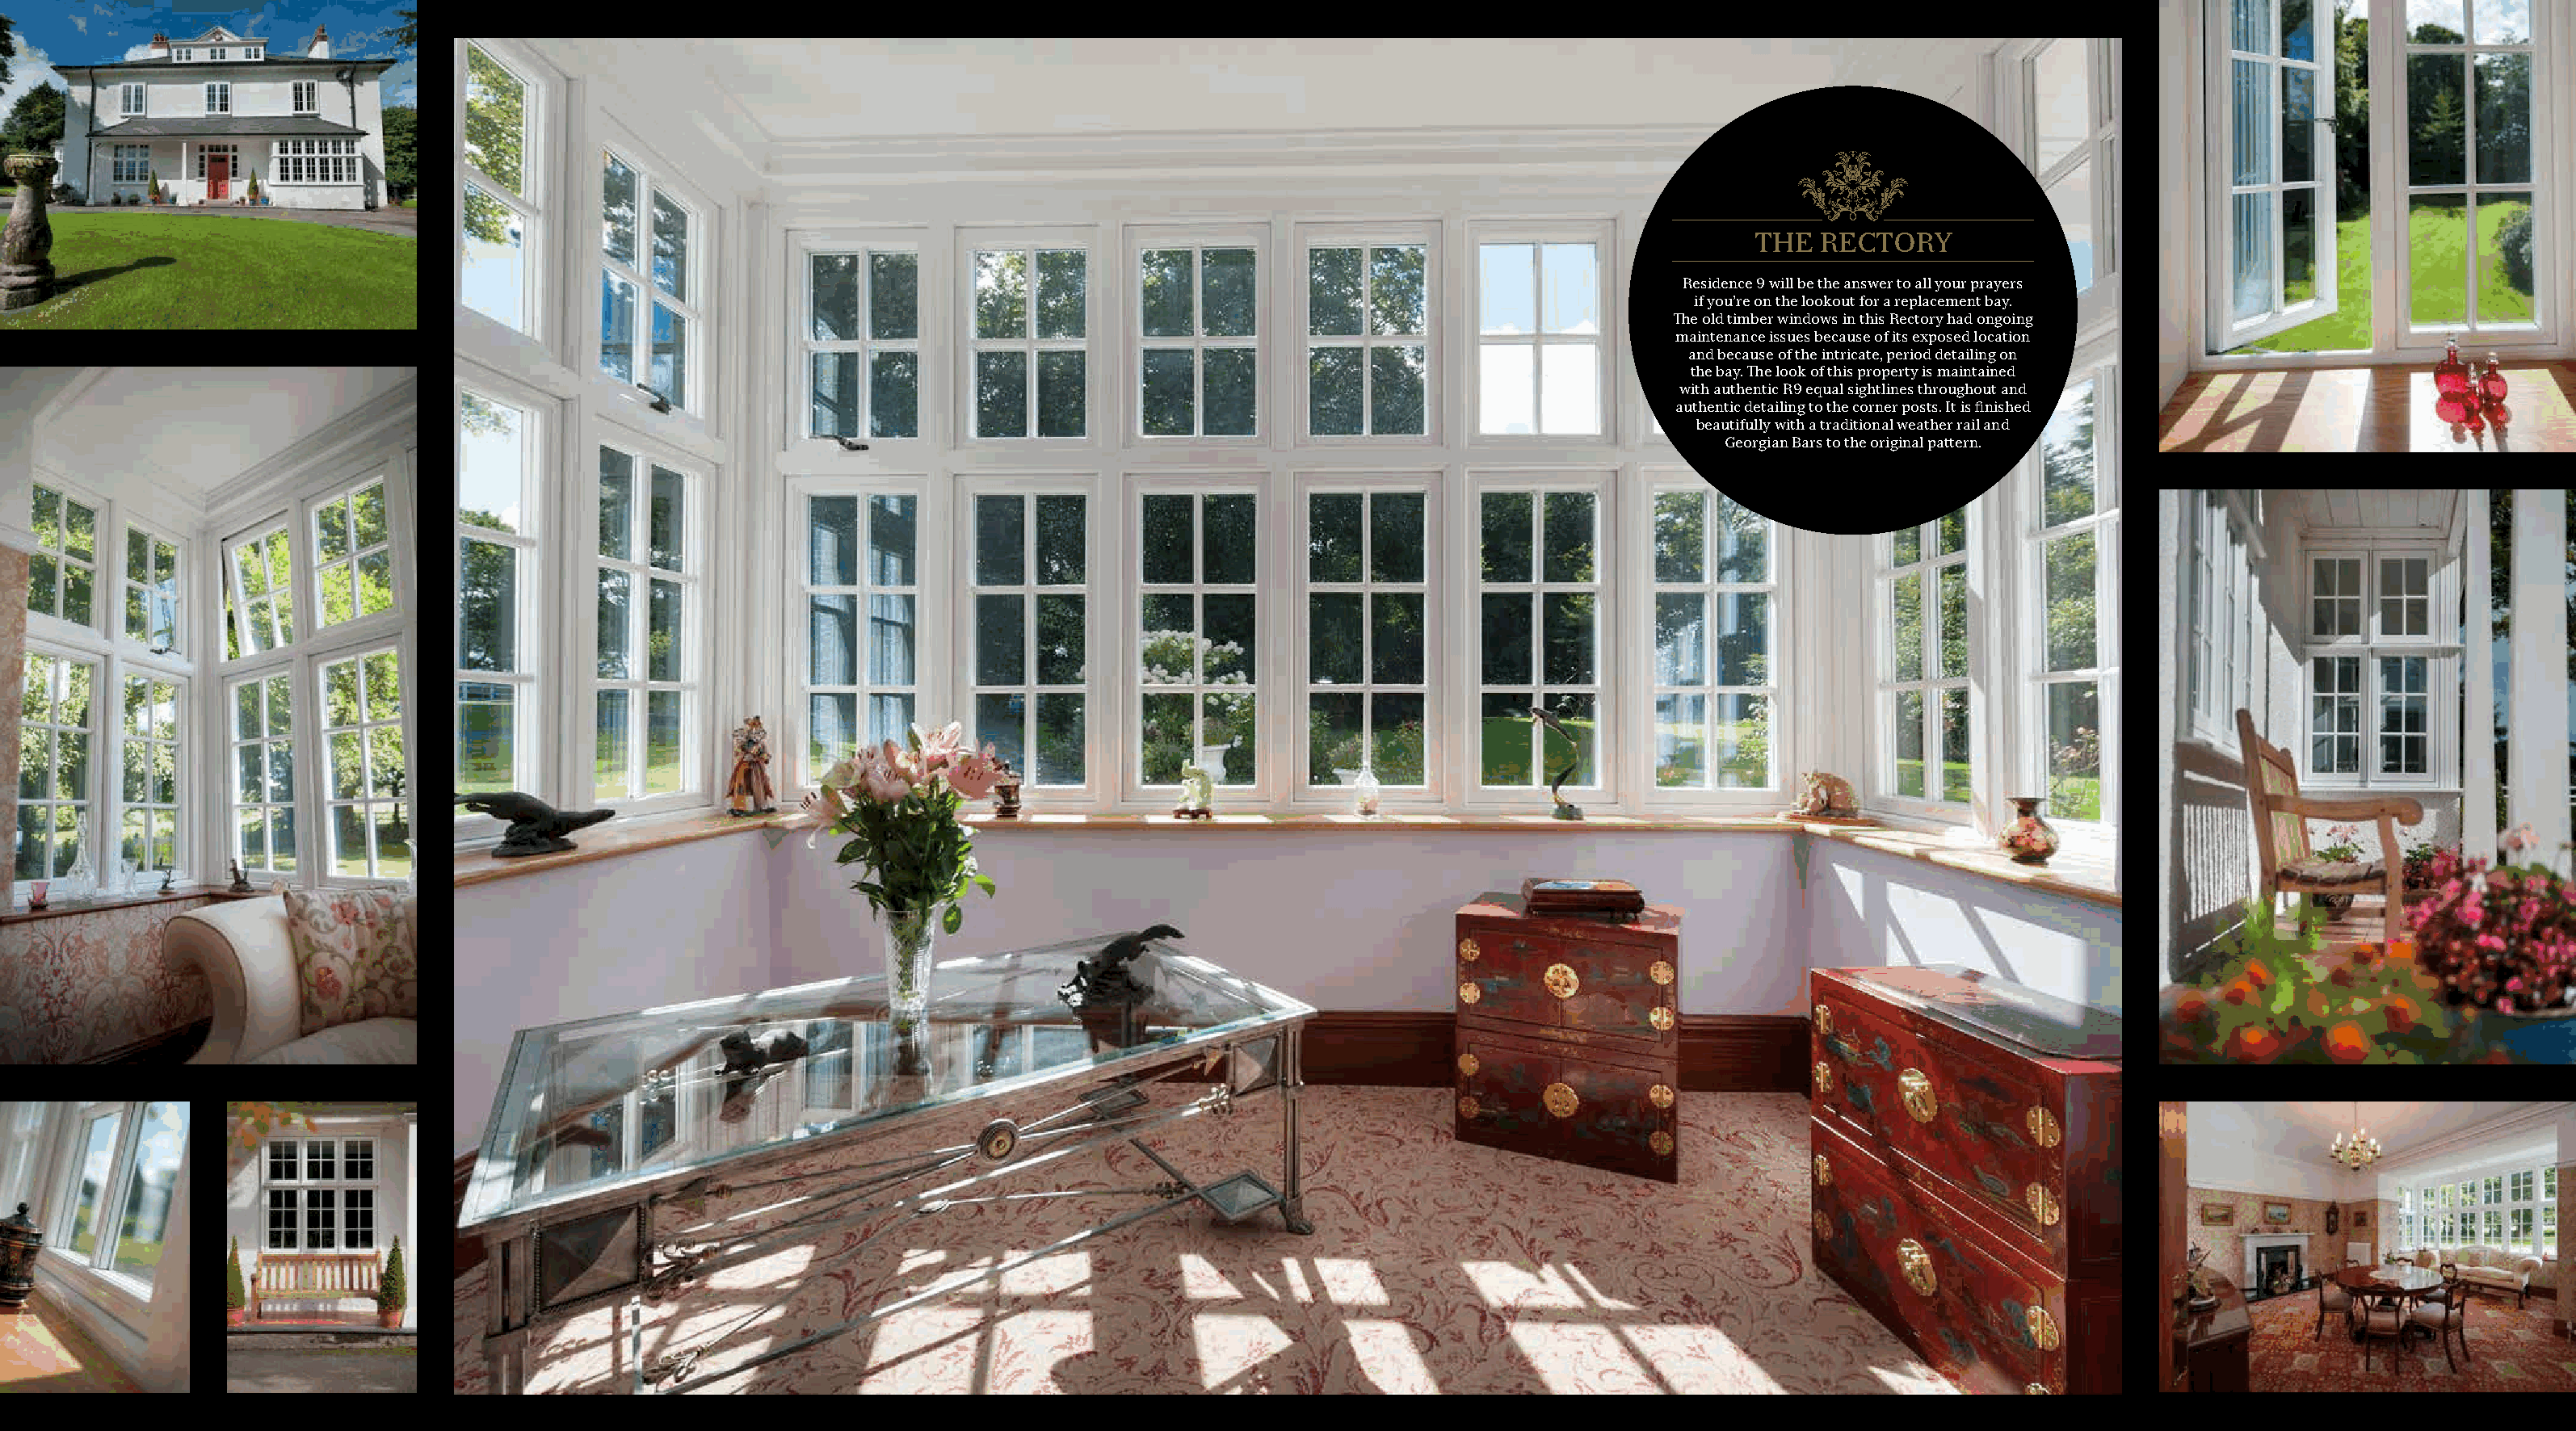
THE  RECTORY
 Residence 9 will be the answer to all your prayers
 if you’re on the lookout for a replacement bay.
 The old timber windows in this Rectory had ongoing
 maintenance issues because of its exposed location
 and because of the intricate, period detailing on
 the bay. The look of this property is maintained
 with authentic R9 equal sightlines throughout and
 authentic detailing to the corner posts. It is finished
 beautifully with a traditional weather rail and
 Georgian Bars to the original pattern.